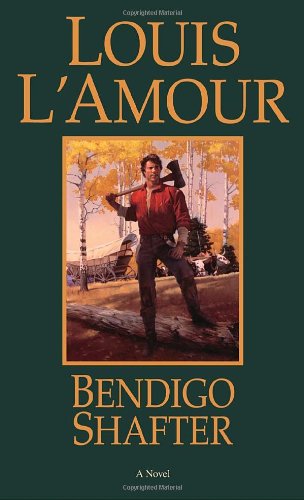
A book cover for Bendigo Shafter: A Novel; Louis L'Amour; Literature & Fiction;